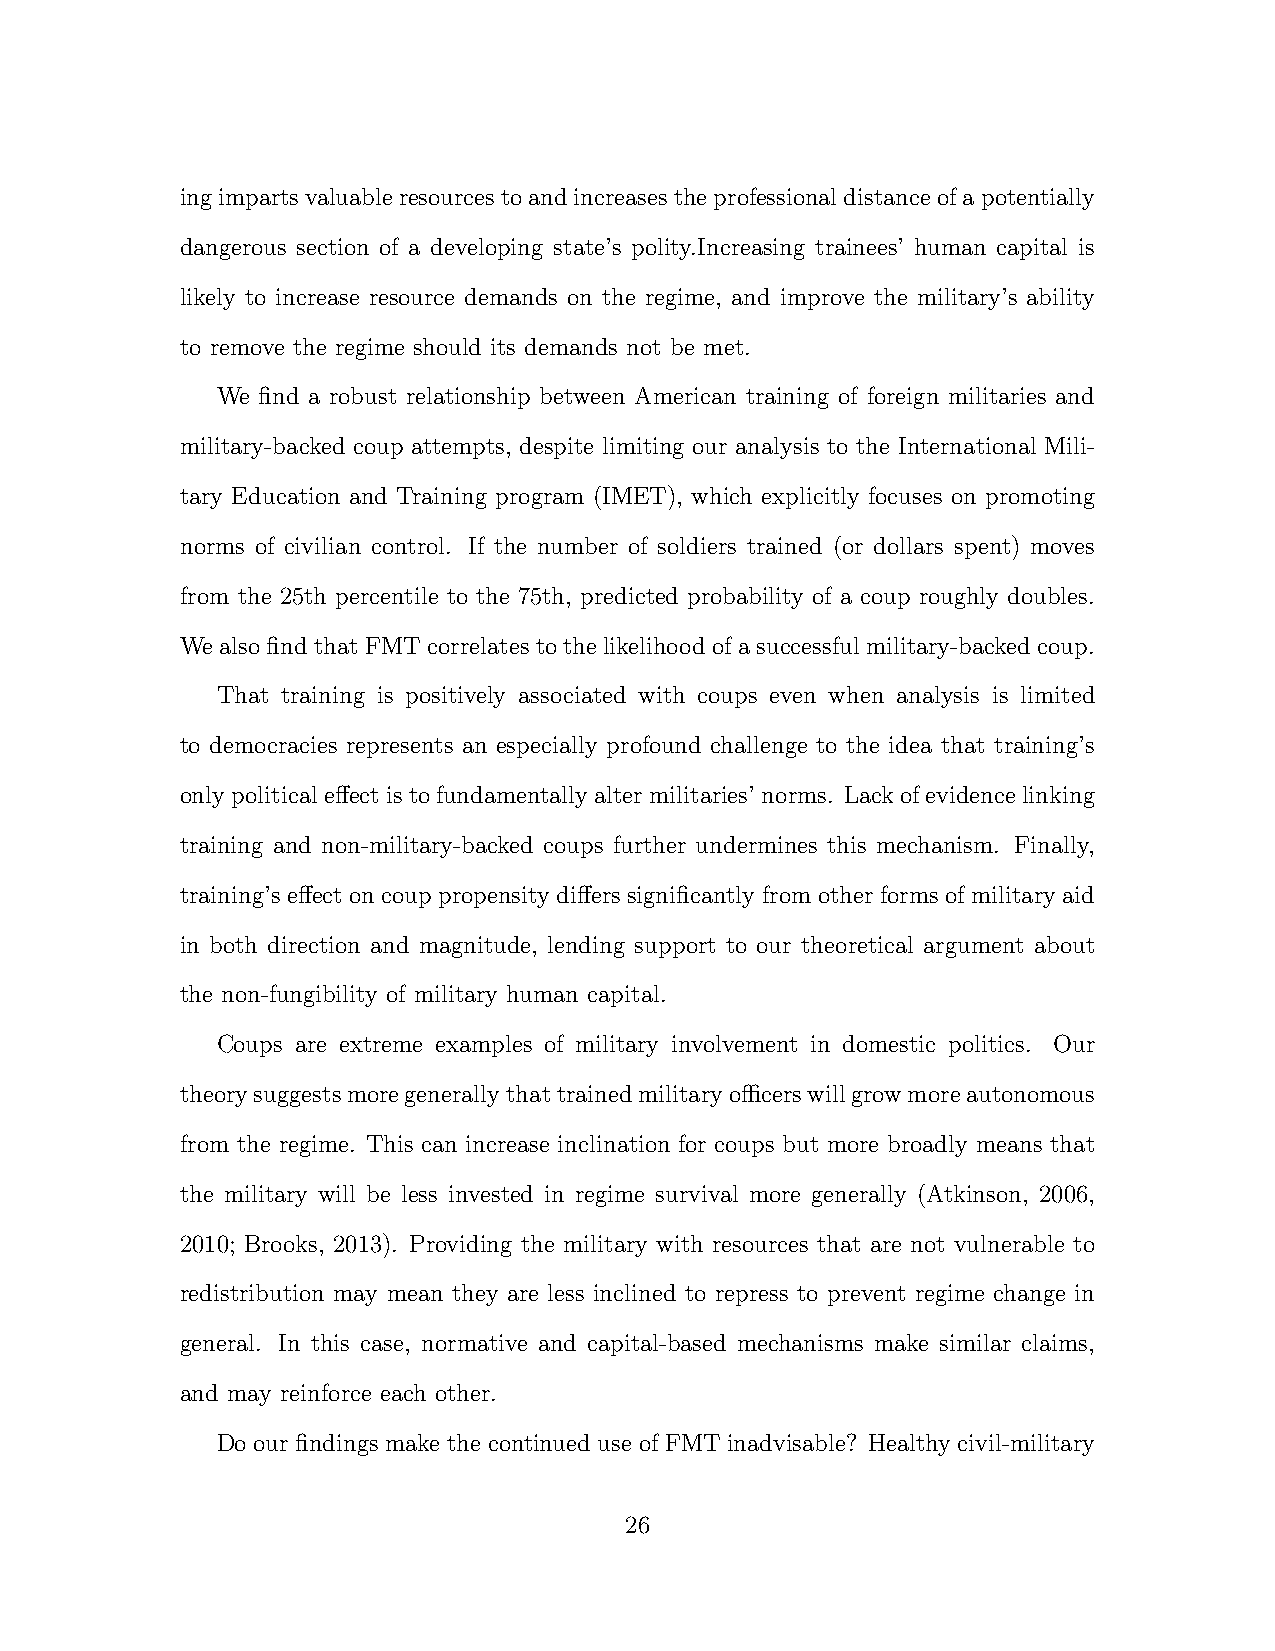
ingimpartsvaluableresourcestoandincreasestheprofessionaldistanceofapotentially
 dangerous section of a developing state’s polity.Increasing trainees’ human capital is
 likely to increase resource demands on the regime, and improve the military’s ability
 to remove the regime should its demands not be met.
 We find a robust relationship between American training of foreign militaries and
 military-backed coup attempts, despite limiting our analysis to the International Mili-
 tary Education and Training program (IMET), which explicitly focuses on promoting
 norms of civilian control. If the number of soldiers trained (or dollars spent) moves
 from the 25th percentile to the 75th, predicted probability of a coup roughly doubles.
 We also find that FMT correlates to the likelihood of a successful military-backed coup.
 That training is positively associated with coups even when analysis is limited
 to democracies represents an especially profound challenge to the idea that training’s
 onlypoliticale↵ectistofundamentallyaltermilitaries’norms. Lackofevidencelinking
 training and non-military-backed coups further undermines this mechanism. Finally,
 training’s e↵ect on coup propensity di↵ers significantly from other forms of military aid
 in both direction and magnitude, lending support to our theoretical argument about
 the non-fungibility of military human capital.
 Coups are extreme examples of military involvement in domestic politics. Our
 theorysuggestsmoregenerallythattrainedmilitaryocerswillgrowmoreautonomous
 from the regime. This can increase inclination for coups but more broadly means that
 the military will be less invested in regime survival more generally (Atkinson, 2006,
 2010; Brooks, 2013). Providing the military with resources that are not vulnerable to
 redistribution may mean they are less inclined to repress to prevent regime change in
 general. In this case, normative and capital-based mechanisms make similar claims,
 and may reinforce each other.
 Do our findings make the continued use of FMT inadvisable? Healthy civil-military
 26